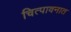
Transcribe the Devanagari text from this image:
चित्पावनात